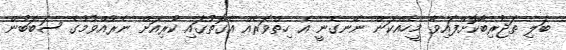
ބަލި ތަޖުރިބާކޮށްފައިވާ މީހެއްކަން ނޭނގެނީ އެ ހިތްވަރެއް އެގޮތުގައި ކުރިއަށް ނެރުއްވުމުގެ ސަބަބުން